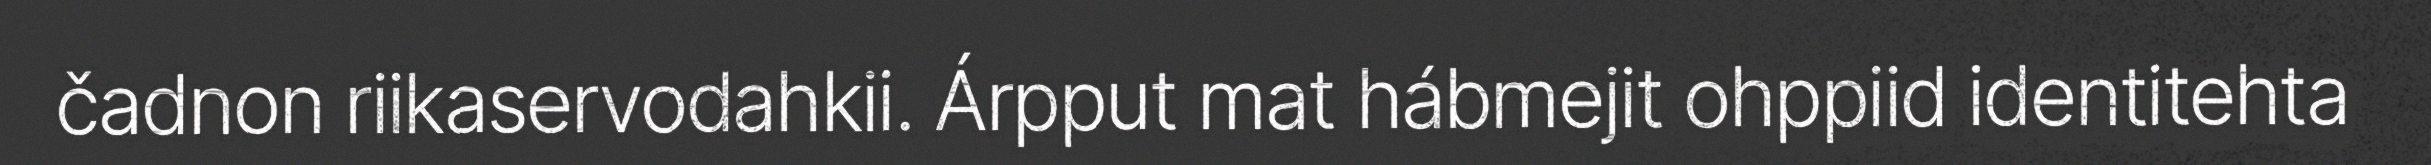
čadnon riikaservodahkii. Árpput mat hábmejit ohppiid identitehta